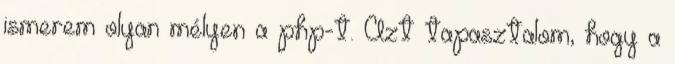
ismerem olyan mélyen a php-t. Azt tapasztalom, hogy a